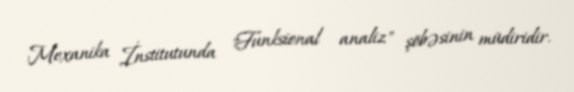
Mexanika İnstitutunda "Funksional analiz" şöbəsinin müdiridir.